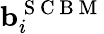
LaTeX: \mathbf{b}_{i}^{\mathrm{~S~C~B~M~}}